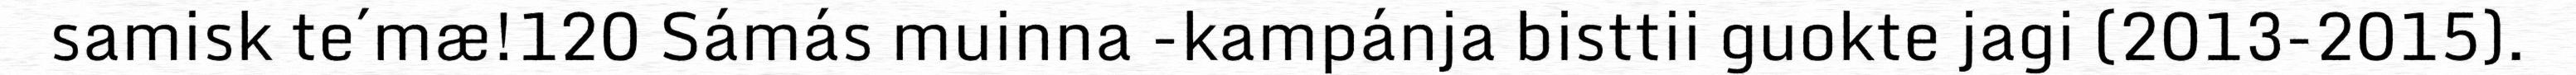
samisk te´mæ!120 Sámás muinna -kampánja bisttii guokte jagi (2013-2015).